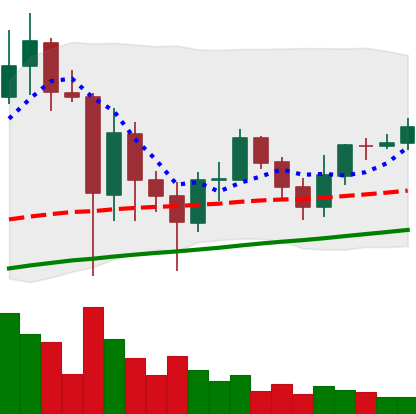
Ticker: ADA-USD
Chart end date: 2021-06-03
Forward return: -13.716%
Label: down_7plus